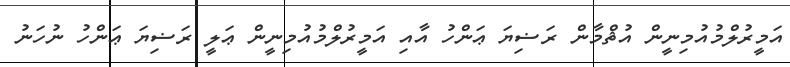
އަމީރުލްމުއުމިނީން އުޘްމާން ރަޟިޔަ ޢަންހު އާއި އަމީރުލްމުއުމިނީން ޢަލީ ރަޟިޔަ ޢަންހު ނުހަނު